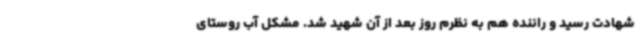
شهادت رسید و راننده هم به نظرم روز بعد از آن شهید شد. مشکل آب روستای